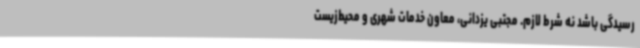
رسیدگی باشد نه شرط لازم. مجتبی یزدانی، معاون خدمات شهری و محیط‌زیست